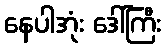
နေပါအုံး ဒေါ်ကြီး